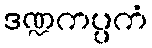
ဒဏ္ဍကပ္ပကံ